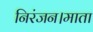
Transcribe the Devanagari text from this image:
निरंजन।माता